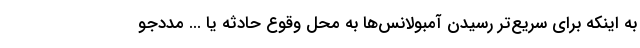
به اینکه برای سریع‌تر رسیدن آمبولانس‌ها به محل وقوع حادثه یا ... مددجو